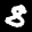
Label: 8